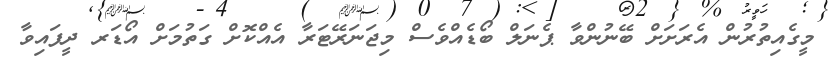
މީގެއިތުރުން އެރަށަށް ބޭނުންވާ ޕެނަލް ބޯޑެއްވެސް މިޖަނަރޭޓަރާ އެއްކޮށް ގަތުމަށް އޯޑަރ ދީފައިވާ